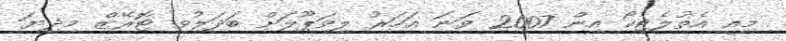
މިއީ އެތުލެޓިކޯ އިން 2007 ވަނަ އަހަރު ލިވަޕޫލަށް ބަދަލުވި ޓޮރޭޒް މިދިޔަ